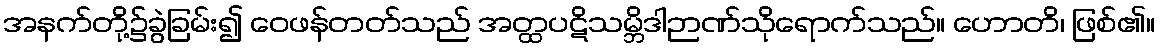
အနက်တို့၌ခွဲခြမ်း၍ ဝေဖန်တတ်သည် အတ္ထပဋိသမ္ဘိဒါဉာဏ်သိုရောက်သည်။ ဟောတိ၊ ဖြစ်၏။